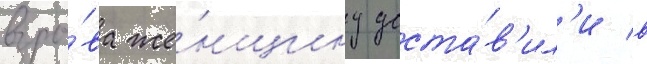
взры́ва же́нщину доста́в'ил'и в